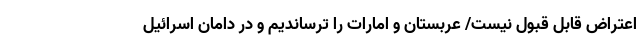
اعتراض قابل قبول نیست/ عربستان و امارات را ترساندیم و در دامان اسرائیل